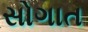
સોગાત